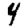
Digit: 4